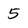
Character: 5